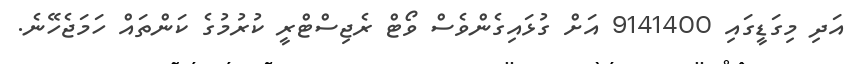
އަދި މިގަޑީގައި 9141400 އަށް ގުޅައިގެންވެސް ވޯޓް ރެޖިސްޓްރީ ކުރުމުގެ ކަންތައް ހަމަޖެހޭނެ.